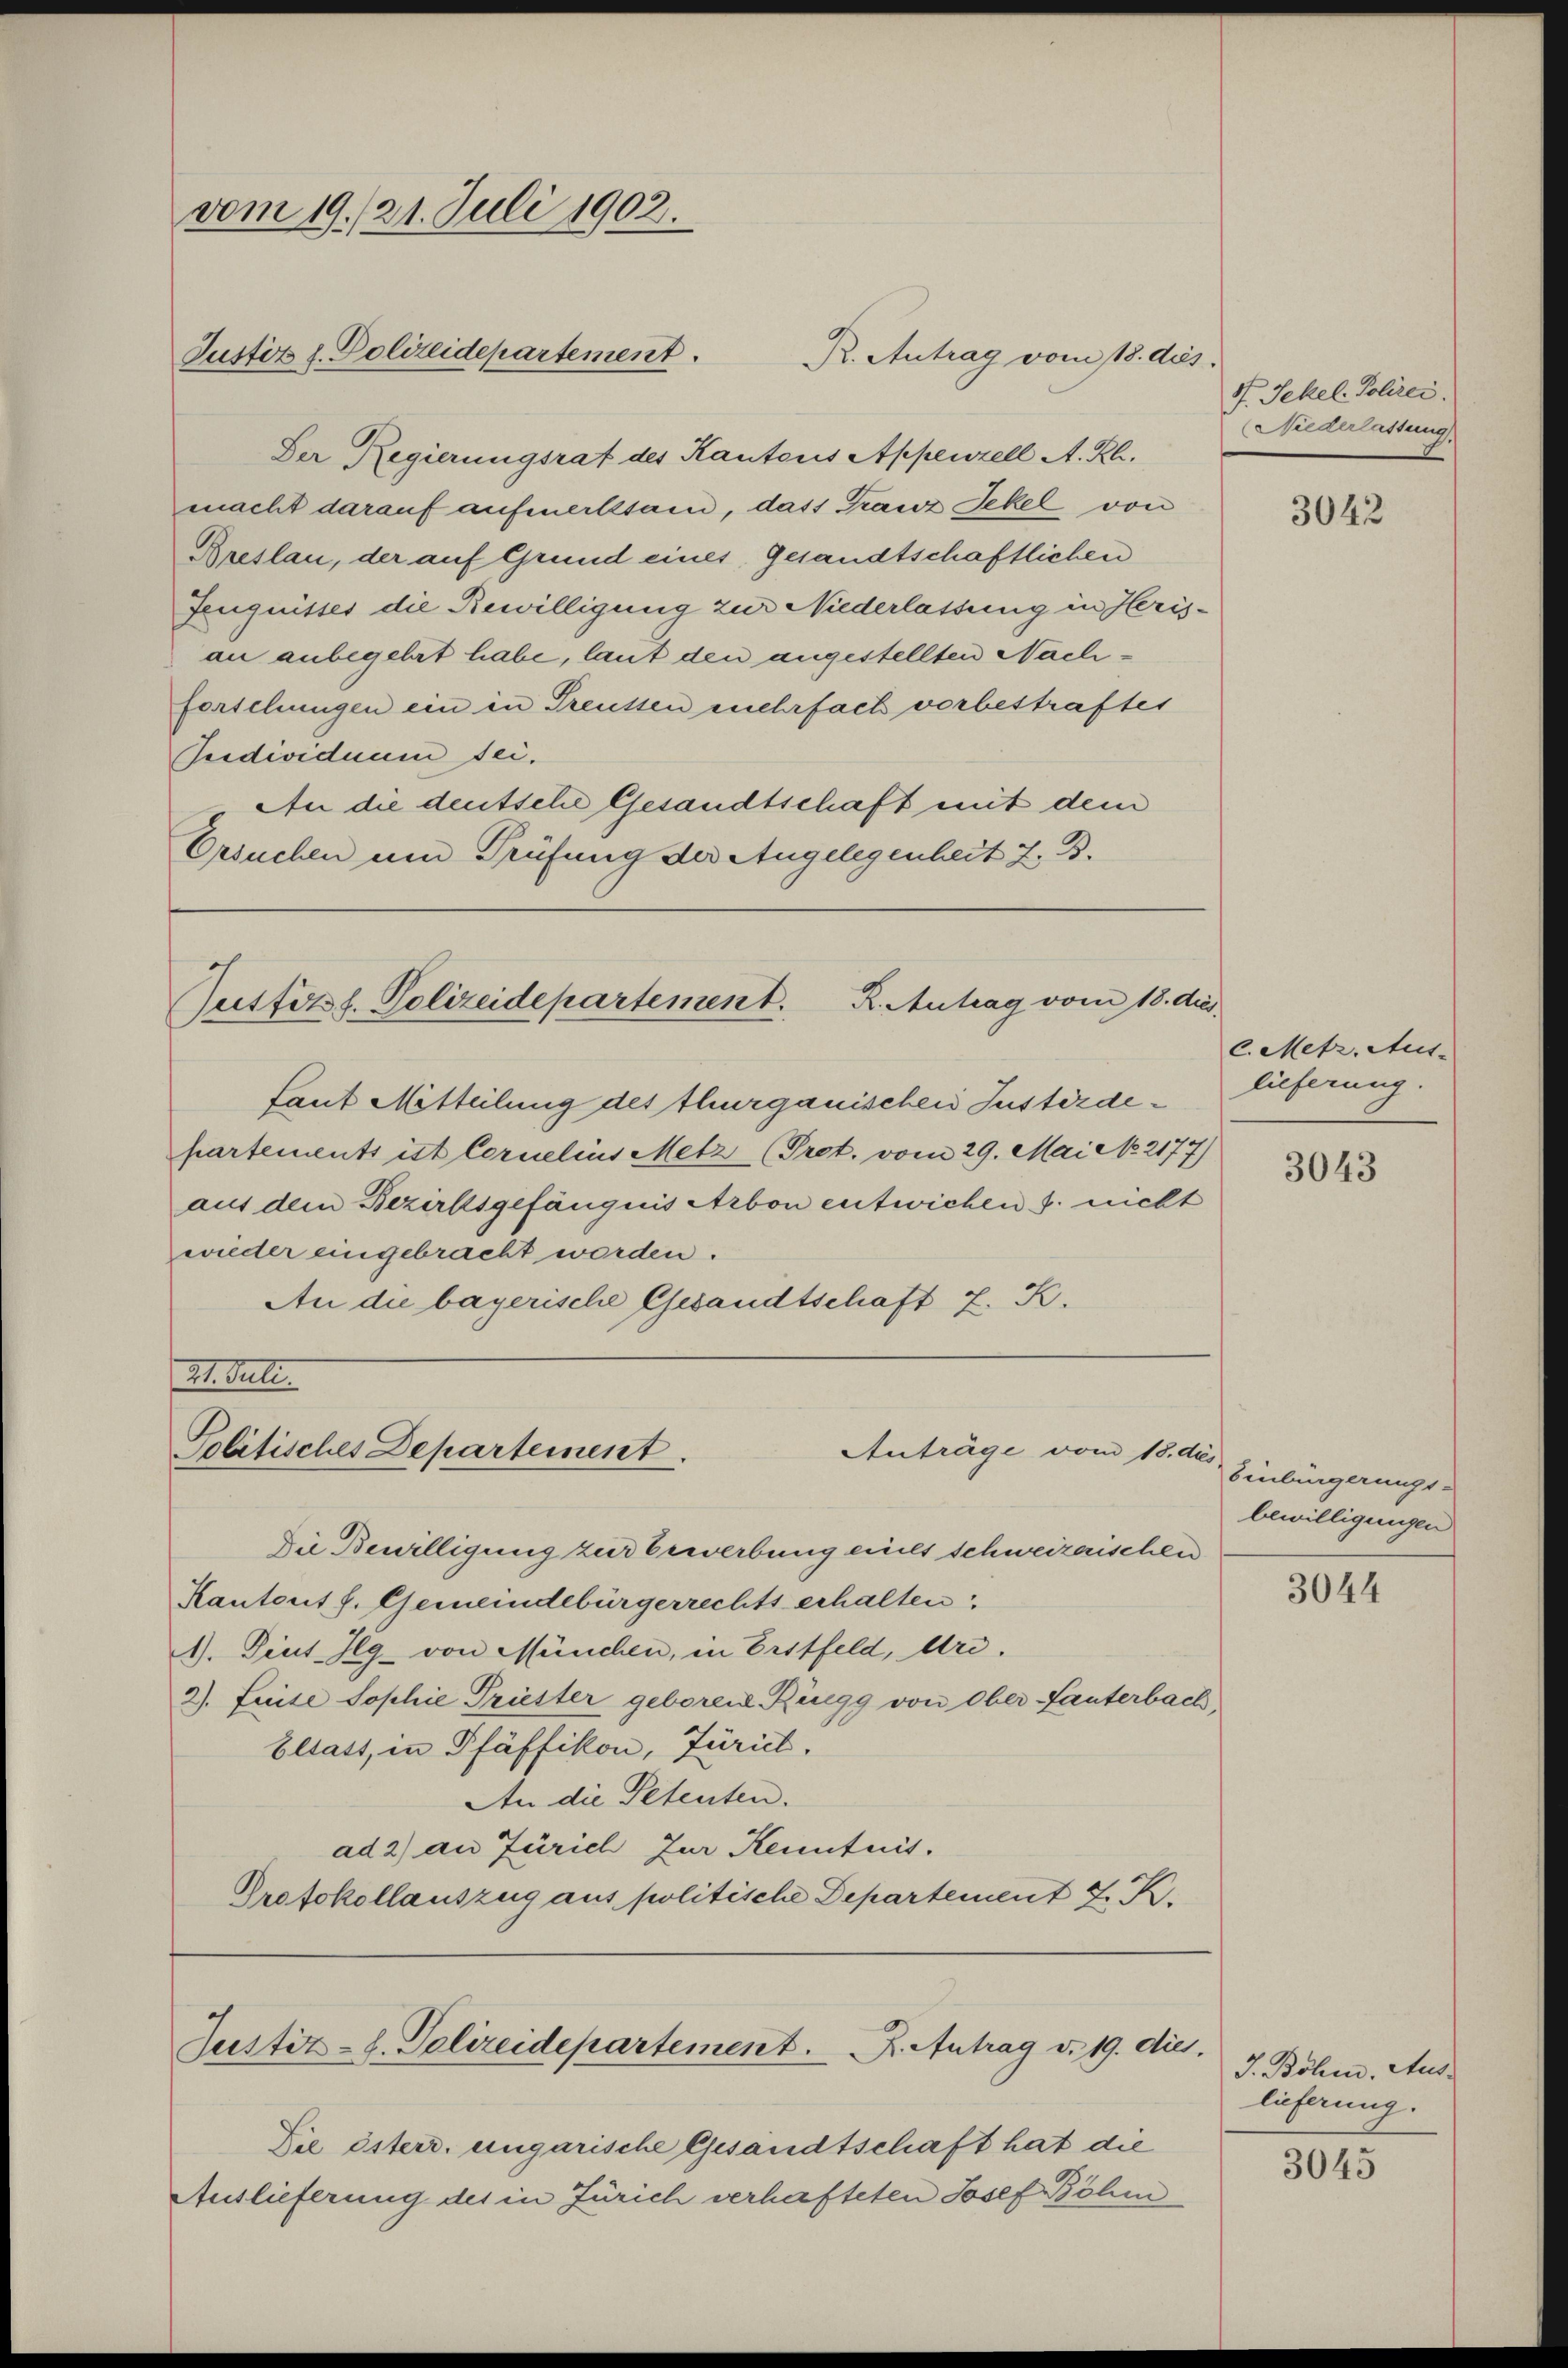
vom 19./21. Juli 1902.

Der Regierungsrat des Kantons Appenzell A. R.
macht darauf aufmerkstand, dass Franz Jekel von
Breslau, der auf Grund eines Gesandtschaftlichen
Zeugnisses die Bewilligung zur Niederlassung in Herisan anbegehrt habe, laut den angestellten Nachforschungen ein in Treussen mehrfach vorbestraftes
Sedividuum sei.
An die deutsche Gesandtschaft mit dem
Ersuchen und Prüfung der Angelegenheit z. B.

Justiz d. Polizeidepartement.

R. Antrag vom 18. dies

Justitzl. Polizeidepartement. R. Antrag vom 18. dies

Mt. dati
Politisches Departement.
Anträge vom 18. dies

Justiz-S. Polizeidepartement. K. Antrag v. 19. dies

Die österr. ungarische Gesandtschaft hat die
Auslieferung des in Zürich verhafteten Josef Böhm

1. Sekel. Polizei.
Niederlassung

Laut Mitteilung des Thurganischen Justerdehartements ist Cornelius Metz (Prot. vom 29. Mai No 2177)
aus dem Bezirksgefängnis Arbon entwichen s. nicht
wieder eingebracht worden.
An die bayerische Gesandtschaft z. K.

Die Bewilligung zur Bewerbung mits schweizerischen
Kantont f. Gemeindebürgerrechts erhalten
1). Diet- Ilg von München, in Erstfeld, Uri.
2). Frise Sophie Priester geboren Ringg von ober Lauterbach,
Eltatt, in Pfäffikon, Zürich.
An die Petenten.
ad 2) an Zürich zur Kenntnis.
Protokollauszug aus politische Departement J. K.

3042

l. Metz. Aus-
lieferung.

3043

Einbürgerungs-
bewilligungen

3044

J. Böhm. Auslieferung.

3045